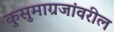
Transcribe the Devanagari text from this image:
कुसुमाग्रजांवरील